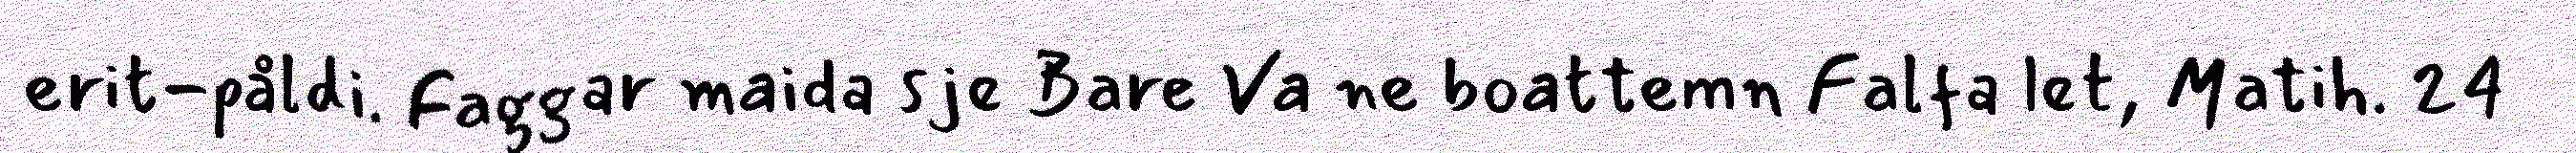
erit-påldi. Faggar maida sje Bare Va ne boattemn Falfa let, Matih. 24